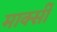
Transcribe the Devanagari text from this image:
मार्क्सी